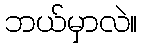
ဘယ်မှာလဲ။